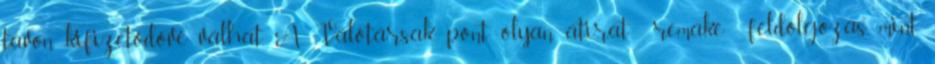
távon kifizetődővé válhat. A Válótársak pont olyan átirat remake feldolgozás, mint